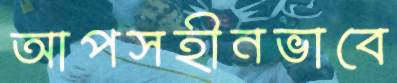
আপসহীনভাবে